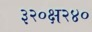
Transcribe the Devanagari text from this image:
३२०क्ष२४०